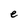
Character: e